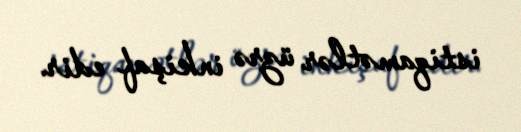
istiqamətlər üzrə inkişaf edir.